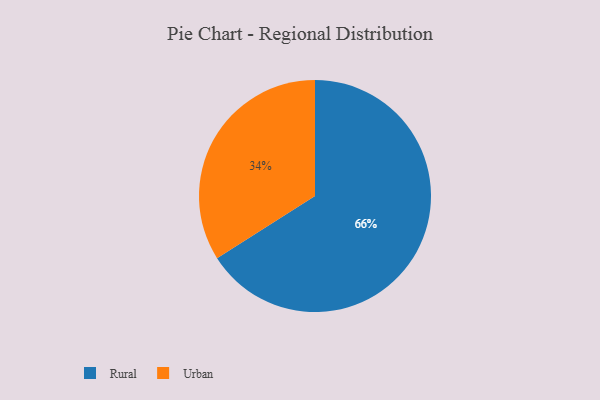
{"axis": {"x": "Category", "y": "Percentage"}, "legend": ["Rural", "Urban"], "data": [{"x": "Rural", "y": 66, "type": "Rural"}, {"x": "Urban", "y": 34, "type": "Urban"}]}